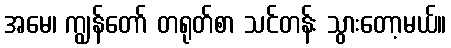
အမေ၊ ကျွန်တော် တရုတ်စာ သင်တန်း သွားတော့မယ်။